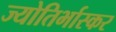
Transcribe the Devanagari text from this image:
ज्योतिर्भास्कर